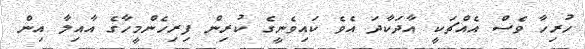
ހުރިހާ ވެސް އެއްޗަކީ އާދަކާދަ އެވެ ކައިވެނީގެ ކުރިން ފިރިހެންމީހާގެ އާއިލާ އިން